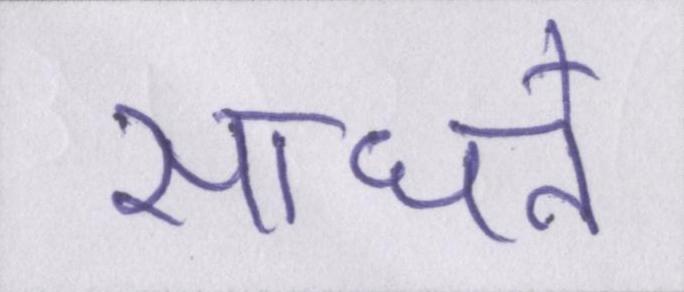
साधने